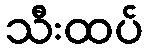
သီးထပ်